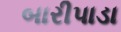
બારીપાડા